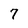
Character: 7